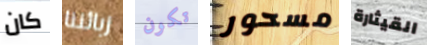
كان زبائننا تكون مسحور القيثارة